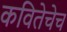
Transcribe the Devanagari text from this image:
कवितेचेच